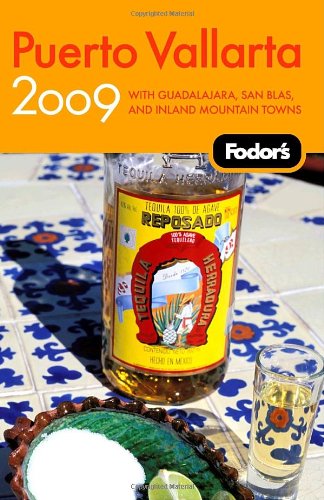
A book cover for Fodor's Puerto Vallarta 2009: With Guadalajara, San Blas, and Inland Mountain Towns (Travel Guide); Fodor's; Travel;